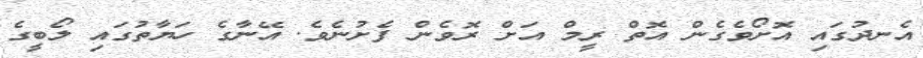
އެނދުގައި އޮށޯވެގެން އޮތް ރީމް އަށް ރޮވެން ފެށުނެވެ. އޭނާގެ ހަޔާތުގައި ލޯބީގެ